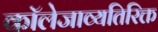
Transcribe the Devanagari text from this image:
कॉलेजाव्यतिरिक्त